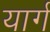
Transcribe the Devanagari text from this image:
यार्ग